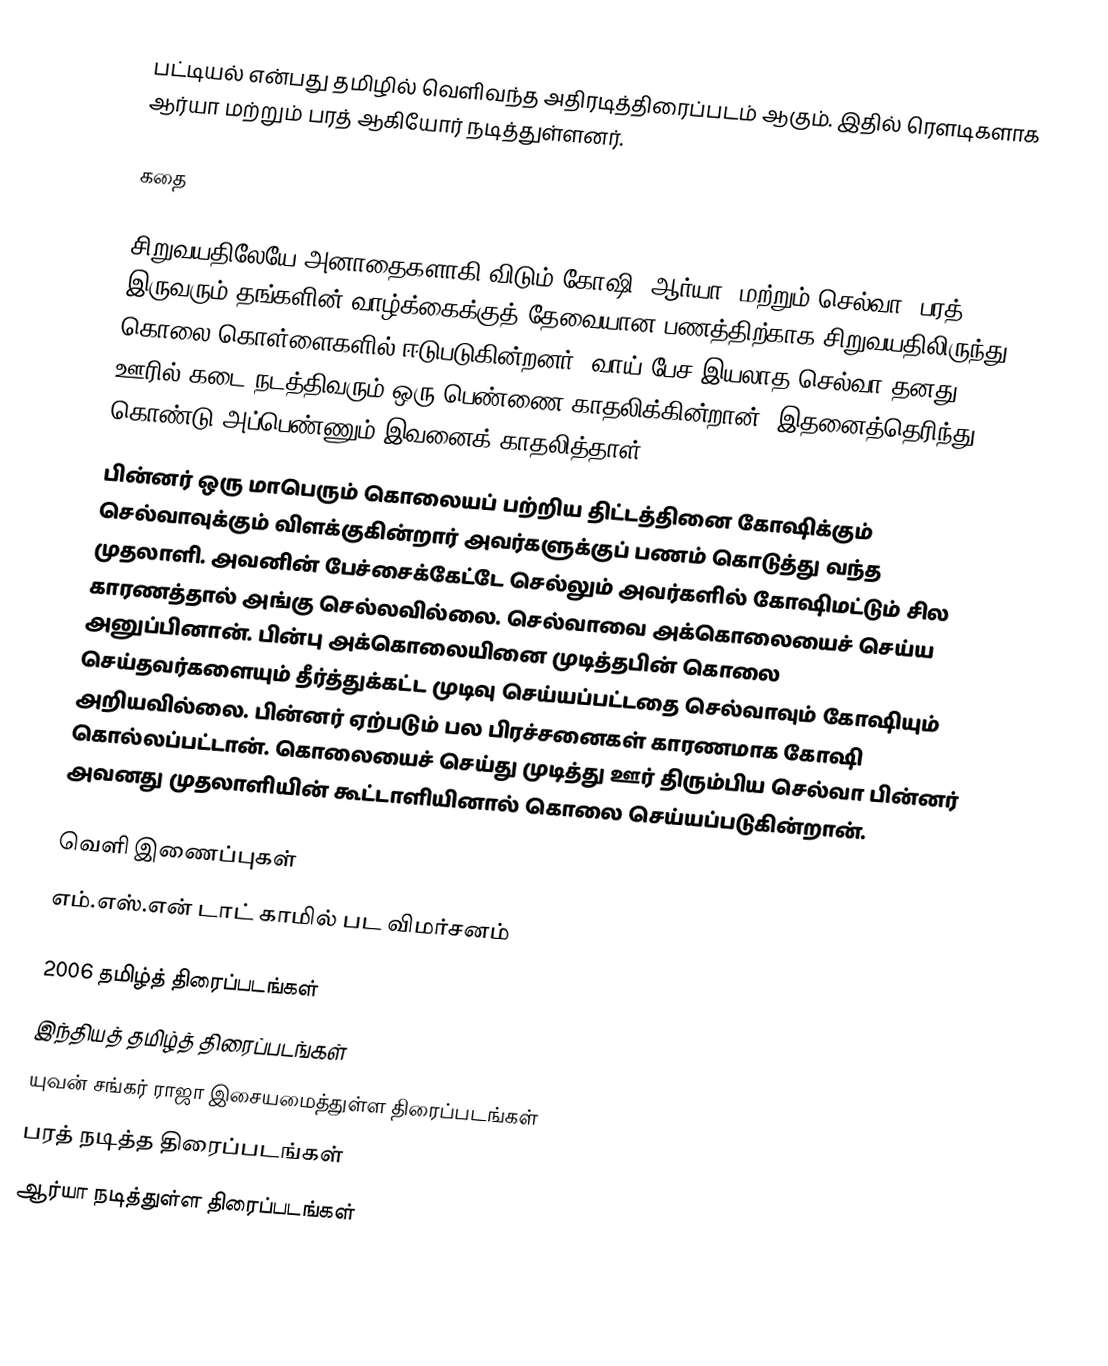
பட்டியல் என்பது தமிழில் வெளிவந்த அதிரடித்திரைப்படம் ஆகும். இதில் ரௌடிகளாக ஆர்யா மற்றும் பரத் ஆகியோர் நடித்துள்ளனர்.

கதை

சிறுவயதிலேயே அனாதைகளாகி விடும் கோஷி (ஆர்யா) மற்றும் செல்வா (பரத்)  இருவரும் தங்களின் வாழ்க்கைக்குத் தேவையான பணத்திற்காக சிறுவயதிலிருந்து கொலை கொள்ளைகளில் ஈடுபடுகின்றனர். வாய் பேச இயலாத செல்வா தனது ஊரில் கடை நடத்திவரும் ஒரு பெண்ணை காதலிக்கின்றான். இதனைத்தெரிந்து கொண்டு அப்பெண்ணும் இவனைக் காதலித்தாள்.
பின்னர் ஒரு மாபெரும் கொலையப் பற்றிய திட்டத்தினை கோஷிக்கும் செல்வாவுக்கும் விளக்குகின்றார் அவர்களுக்குப் பணம் கொடுத்து வந்த முதலாளி. அவனின் பேச்சைக்கேட்டே செல்லும் அவர்களில் கோஷிமட்டும் சில காரணத்தால் அங்கு செல்லவில்லை. செல்வாவை அக்கொலையைச் செய்ய அனுப்பினான். பின்பு அக்கொலையினை முடித்தபின் கொலை செய்தவர்களையும் தீர்த்துக்கட்ட முடிவு செய்யப்பட்டதை செல்வாவும் கோஷியும் அறியவில்லை. பின்னர் ஏற்படும் பல பிரச்சனைகள் காரணமாக கோஷி கொல்லப்பட்டான். கொலையைச் செய்து முடித்து ஊர் திரும்பிய செல்வா பின்னர் அவனது முதலாளியின் கூட்டாளியினால் கொலை செய்யப்படுகின்றான்.

வெளி இணைப்புகள்
 எம்.எஸ்.என் டாட் காமில் பட விமர்சனம்

2006 தமிழ்த் திரைப்படங்கள்
இந்தியத் தமிழ்த் திரைப்படங்கள்
யுவன் சங்கர் ராஜா இசையமைத்துள்ள திரைப்படங்கள்
பரத் நடித்த திரைப்படங்கள்
ஆர்யா நடித்துள்ள திரைப்படங்கள்